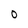
Character: O